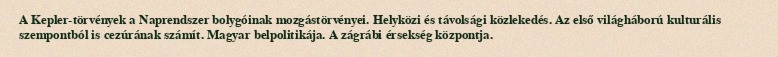
A Kepler-törvények a Naprendszer bolygóinak mozgástörvényei. Helyközi és távolsági közlekedés. Az első világháború kulturális szempontból is cezúrának számít. Magyar belpolitikája. A zágrábi érsekség központja.